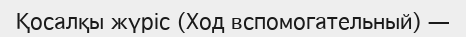
Қосалқы жүріс (Ход вспомогательный) —